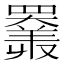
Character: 𦌩